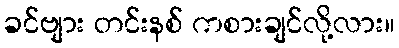
ခင်ဗျား တင်းနစ် ကစားချင်လို့လား။